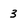
Character: 3